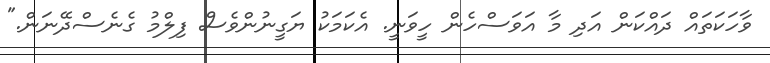
ވާހަކަތައް ދައްކަން އަދި މާ އަވަސްހެން ހީވަނީ. އެކަމަކު ޔަގީނުންވެސް ފިލްމު ގެނެސްދޭނަން."